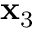
\mathbf { x } _ { 3 }